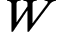
W